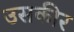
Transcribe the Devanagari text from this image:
उसकीर